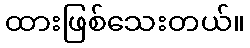
ထားဖြစ်သေးတယ်။